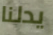
يدلنا